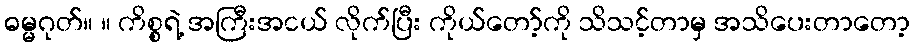
ဓမ္မဂုတ်။ ။ ကိစ္စရဲ့ အကြီးအငယ် လိုက်ပြီး ကိုယ်တော့်ကို သိသင့်တာမှ အသိပေးတာတော့